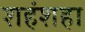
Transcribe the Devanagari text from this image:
शहंशहा